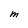
Character: M